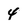
Character: 4